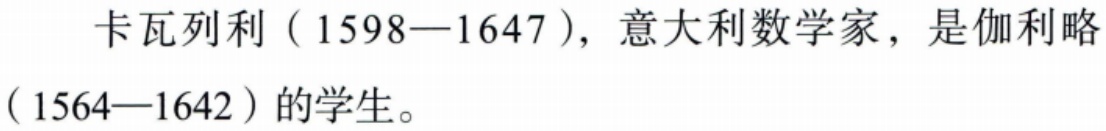
卡瓦列利（1598—1647），意大利数学家，是伽利略（1564—1642）的学生。